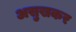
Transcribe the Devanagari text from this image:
असुखकर